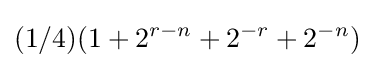
(1/4)(1+2^{r-n}+2^{-r}+2^{-n})